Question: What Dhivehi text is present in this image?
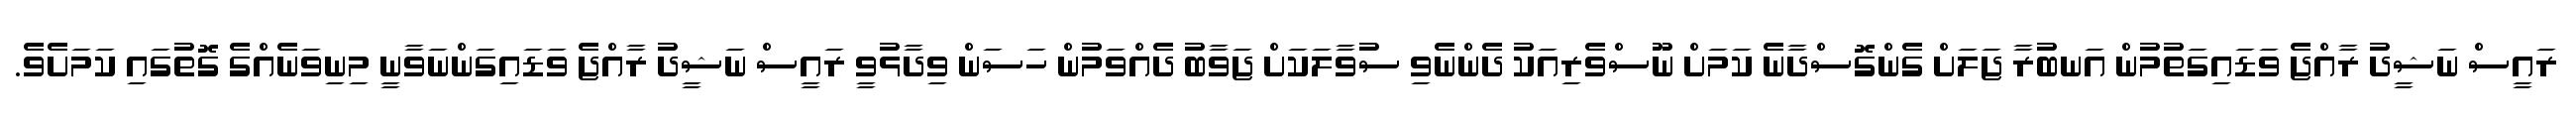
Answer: ރައީސް ނަޝީދު ރާއްޖެ ވަޑައިގަތުމުން އަނބުރާ ޖަލަށް ގެންގޮސްދާނެ ކަމަށް ނޫސްވެރިއަކު ދެންނެވި ސުވާލަކަށް ޖަވާބު ދެއްވަމުން ހަސަން ވިދާޅުވީ ރައީސް ނަޝީދު ރާއްޖެ ވަޑައިގަންނަވާނީ މިނިވަނެއްގެ ގޮތުގައި ކަމަށެވެ.